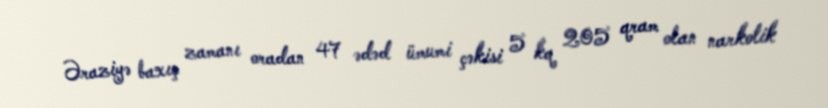
Əraziyə baxış zamanı oradan 47 ədəd ümumi çəkisi 5 kq 205 qram olan narkotik